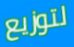
لتوزيع